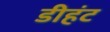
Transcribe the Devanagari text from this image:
डीहंट